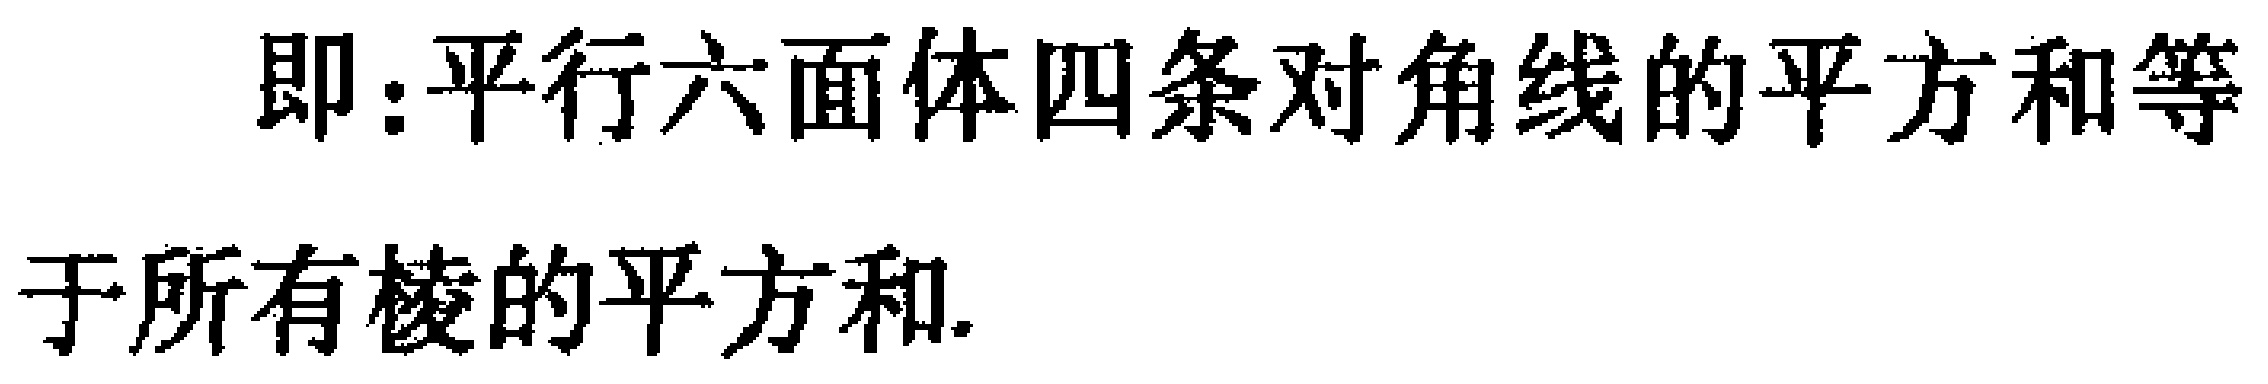
即：平行六面体四条对角线的平方和等于所有棱的平方和.